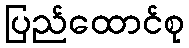
ပြည်ထောင်စု